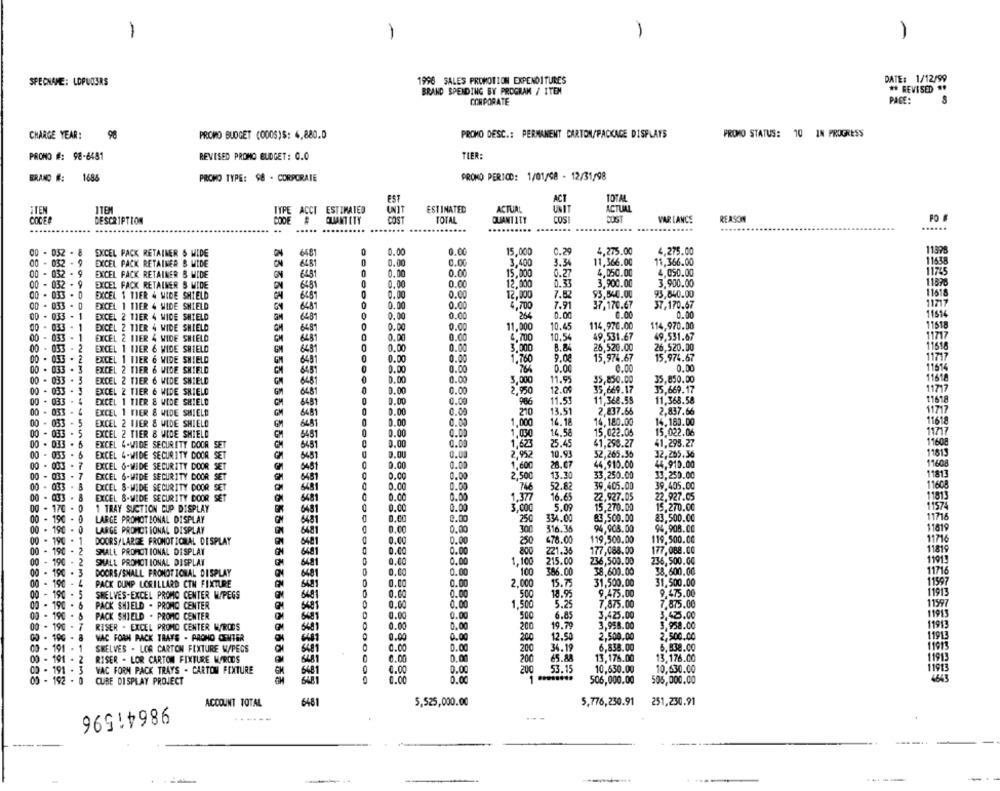
1
1
1996 SALES PROMOTION EXPENDITURES
DATE: 1/12/99
SPECNAME: LOPUOURS
** REVISED **
BRAND SPENDING BY PROGRAM / ITEM
CORPORATE
PACE:
CHARGE YEAR:
PROMO DESC .: PERMANENT CARTON/PACKAGE DISPLAYS
PROMO STATUS: 10 IN PROGRESS
98
PROMO BUDGET (000S)$: 4,880.0
PRONO #: 98-6481
REVISED PROMO BUDGET: 0.0
TIER:
BRAND :
1686
PROMO TYPE: $8 - CORPORATE
PROMO PERIOD: 1/01/08 - 12/31/98
EST
TOTAL
ITEN
ITEM
TYPE ACCT ESTIMATED
WIT
ESTINATED
ACTUAL
UNIT
ACTUAL
COCER
DESCRIPTION
QUANTITY
TOTAL
QUANTITY
COS
VAR LANCS
REASON
.. ..
......
....
.......
......
00 - 032 - 8
EXCEL PACK RETAILER & WIDE
6481
0
0.00
0.00
15,000
0.29
4.275.00
4,275.00
11898
00 - 032 - 9
0.00
0.00
3.400
3.34
11,366.00
11,366.00
11538
EXCEL PACK RETAINER & WIDE
ON
6481
00 - 032
EXCEL PACK RETAINER & MIDE
6481
0.00
0.00
15,000
0.27
4,050.00
4,050.00
11765
00 - 032 - 9
EXCEL FACK RETAINER & MIDE
6481
0.00
0.00
12.000
0.33
3,900.00
3.900.00
11890
00 - 033 -0
6481
0.00
0.00
12,000
7.82
93,540.00
93,840.00
11618
EXCEL 1 TIER 4 MIDE SHIELD
00 - 033
EXCEL 1 TIER 4 WIDE SHIELD
GY
0.00
0.0
4,700
7.91
37,170.67
37,170.67
11717
00 - 033
- 1
EXCEL 2 TIER 4 WIDE SHIELD
6481
0
0.00
0.00
264
0.00
0.00
0.00
1151
114,970.00
114,970.00
00 - 033.
EXCEL 2 TIER 4 WIDE SHIELD
6481
0.00
0.00
11,000
10.45
11518
00 - 033
EXCEL 2 HIER 4 WIDE SHIELD
0.00
0.00
4,700
10.54
49,531.67
49.531.67
11717
00 - 033
. 2
EXCEL 1 11ER 6 WIDE SHIELD
64 81
0.00
0.00
3.000
8.84
26,520.00
26,520.00
11618
11717
00 - 033
EXCEL 1 VIER 6 WIDE SHIELD
645
0.00
0.00
1,760
15,974.67
15.974.67
EXCEL 2 TIER & WIDE SHIELD
45
0.00
0.00
0.00
0.00
0.00
115%
00 - 033
EXCEL 2 TIER 6 WIDE SHIELD
0.00
0.00
5,000
11.95
35,850.00
35,850.00
11518
0.00
12.09
35,669.17
35,669.17
11717
00 - 033
EXCEL 2 TIER 6 WIDE SHIELD
0.00
2,950
00 . 033
EXCEL 1 TIER & WIDE SHIELD
CH
6481
0.00
0.00
986
11.53
11,368.59
11,368.58
11618
00 . 033
EXCEL 1 TIER & WIDE SHIELD
3481
0
0.00
0.00
210
13.51
2,837.66
2,837.66
11717
00 - 033
EXCEL 2 TIER & WIDE SHIELD
648
0.00
0.00
1.000
16.18
14,180.00
14.180.00
11618
00 - 011
EXCEL 2 TIER & WIDE SHIELD
646
0.00
0.00
1,030
14.58
15,022.05
15.022.06
00 - D . 5
0.00
0.00
1,623
25.45
41,298.27
41,295.27
11608
00 -
EXCEL 4-WIDE SECURITY DOOR SET
EXCEL 4-WIDE SECURITY DOOR SET
451
0.00
0.00
2,952
10.93
32,265.35
32,265.36
11813
00 - 033
. 7
EXCEL 6-WIDE SECURITY DOOR SET
0.00
0.00
26.07
44,910.00
44.910.00
19608
00 - 033
. 7
EXCEL 6-WIDE SECURITY DOOR SET
0.00
0.00
2,500
13.30
33,250.00
33.250.00
6481
11813
00 - 033 - 3
EXCEL &-WIDE SECURITY DOOR SET
0.00
0.00
746
52.82
39,405.00
39,405.00
11608
00 - 033 - 8
EXCEL &-WIDE SECURITY DOOR SET
5481
C
0.co
0.00
1.377
16.65
22,927.05
22.927.05
11813
0.00
0.00
3,000
5.09
15,270.00
15.270.00
11574
00 - 170 -
1 TRAY SUCTION CUP DISPLAY
00 - 190 - 0
LARGE PROMOTIONAL DISPLAY
6481
0.CO
0.00
250
334.00
83,500.00
83,500.00
11716
00 - 190
LARGE PROMOTIONAL DISPLAY
6481
0.00
0.00
300
516.36
94,908.00
94,908.00
1181
0.00
0.00
678.00
119,500.00
11716
00 - 190
. 1
DOORS/LARGE PROMOTIONAL DISPLAY
6481
250
119,500.0
00 - 190 - 2
SMALL PROMOTIONAL DISPLAY
0
0.CO
0.00
800
221.35
177,088.00
177,088.00
11819
00 - 190 - 2
SMALL PROMOTIONAL DISPLAY
0.00
0.00
1,100
215.00
236,500.00
236,500.00
11913
. 3
0.00
0.00
386.00
38,600.00
11716
00 - 190
DOORS/SHALL PROMOTIONAL DISPLAY
6481
100
38.600.00
00 - 190 - 4
PACK CUMP LORILLARD CTM FIXTURE
648
0.00
0.00
2,000
15.75
31,500.00
31,500.00
1159
00 - 190 . 5
0.00
0.00
18.95
9,475.00
9,475.00
11913
SHELVES-EXCEL PROMO CENTER WPEGS
6481
500
00 - 190 . 6
PACK SHIELD . PROMO CENTER
0.00
0.00
1,500
5.25
7,875.00
7.875.00
1159
00 - 190 .
PACK SHIELD . PROMO CENTER
0.00
0.00
500
6.85
3,425.00
3.425.00
00 - 190 - 7
RISER - EXCEL PROMO CENTER MORODS
0.00
0.00
19.79
3,958.00
3,958.00
11913
6681
200
00 - 190
- 8
WAC FORN PACK TRAYS . PROHO CENTER
0.00
0.00
200
12.50
2,500.00
2,500.00
1191
03 - 191
1
SHELVES - LOG CARTON FIXTURE W/PECS
0.00
0.00
200
34.19
6,838.00
6.838.00
11013
6481
0.00
0.00
200
65.88
13,176.00
13,176.00
00 - 191 - 2
RISER - LOR CARTON FIXTURE MARODS
1191
02 - 191 -
3
WAC FORM PACK TRAYS . CARTON FIXTURE
6481
0.00
0.00
200
53.15
10,630.00
10,630.00
00 - 192 - 0
0.00
1 ********
506,000.00
505,000.00
CUBE DISPLAY PROJECT
ACCOUNT TOTAL
6481
5,525,000.00
5,776,230.91
251,230.91
98641596
.....--
. .
---